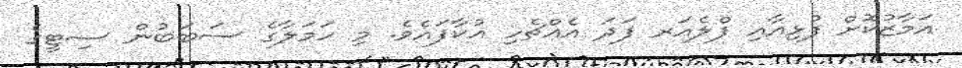
އަމާޒުކޮށް ފުޅިއާއި ފްލެއަރ ފަދަ އެއްޗެހި އުކާފައެވެ. މި ހަމަލާގެ ސަބަބުން ސިޓީގެ